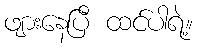
ဖျားနေပြီ ထင်ပါရဲ့။